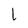
Character: L